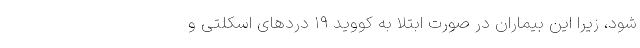
شود، زیرا این بیماران در صورت ابتلا به کووید ۱۹ درد‌های اسکلتی و